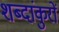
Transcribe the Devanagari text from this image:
शब्दांकुरों